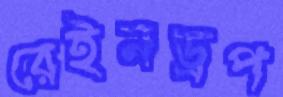
রেইনড্রপ